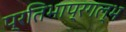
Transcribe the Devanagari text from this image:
प्रतिभाप्रगल्भ